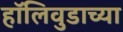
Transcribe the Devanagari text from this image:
हॉलिवुडाच्या